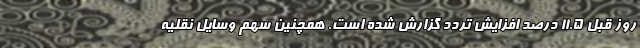
روز قبل ۱۱.۵ درصد افزایش تردد گزارش شده است. همچنین سهم وسایل نقلیه